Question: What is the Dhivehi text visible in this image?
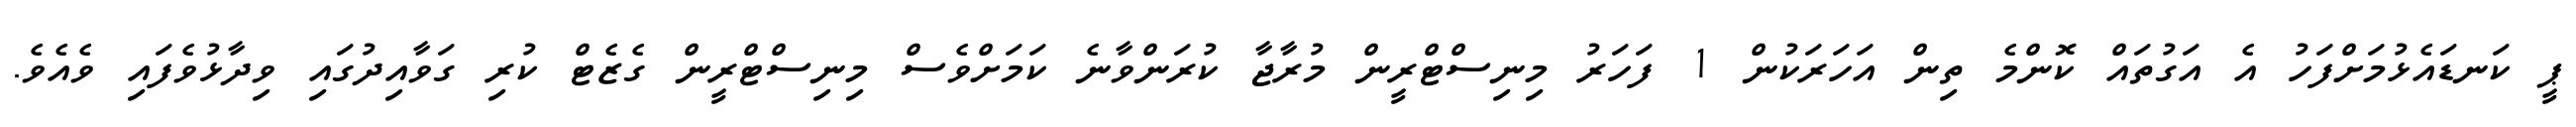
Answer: ޕީ ކަނޑައެޅުމަށްފަހު އެ އަގުތައް ކޮންމެ ތިން އަހަރަކުން 1 ފަހަރު މިނިސްޓްރީން މުރާޖާ ކުރަންވާނެ ކަމަށްވެސް މިނިސްޓްރީން ގެޒެޓް ކުރި ގަވާއިދުގައި ވިދާޅުވެފައި ވެއެވެ.